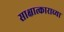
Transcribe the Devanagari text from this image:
साक्षात्काराच्या